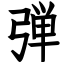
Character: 弾